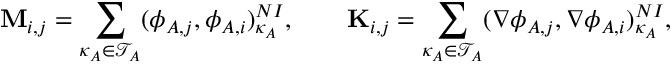
\mathbf { M } _ { i , j } = \sum _ { \kappa _ { A } \in \mathcal { T } _ { A } } ( \phi _ { A , j } , \phi _ { A , i } ) _ { \kappa _ { A } } ^ { N I } , \qquad \mathbf { K } _ { i , j } = \sum _ { \kappa _ { A } \in \mathcal { T } _ { A } } ( \nabla \phi _ { A , j } , \nabla \phi _ { A , i } ) _ { \kappa _ { A } } ^ { N I } ,